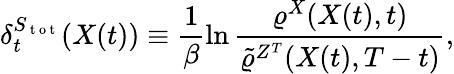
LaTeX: \delta_{t}^{S_{\mathrm{~t~o~t~}}}(X(t))\equiv\frac{1}{\beta}\ln\frac{\varrho^{X}(X(t),t)}{\tilde{\varrho}^{Z^{T}}(X(t),T-t)},